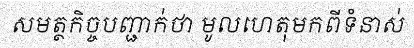
សមត្ថកិច្ចបញ្ជាក់ថា មូលហេតុមកពីទំនាស់